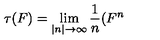
\tau ( F ) = \lim _ { \left| n \right| \rightarrow \infty } \frac { 1 } { n } ( F ^ { n }